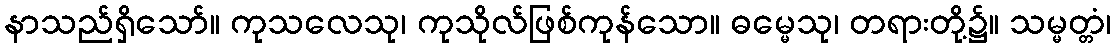
နာသည်ရှိသော်။ ကုသလေသု၊ ကုသိုလ်ဖြစ်ကုန်သော။ ဓမ္မေသု၊ တရားတို့၌။ သမ္မတ္တံ၊